Indian journal of veterinary science and animal husbandry - Volume 6,
Year: 1936
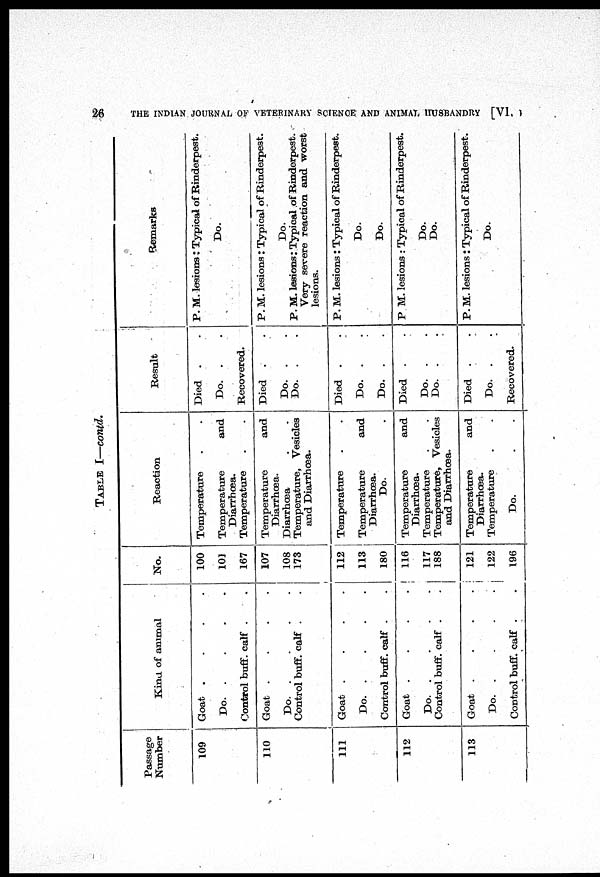
26
THE INDIAN JOURNAL OF VETERINARY SCIENCE AND ANIMAL HUSBANDRY [VI, I
TABLE I—contd.
Passage
Number
109
110
111
112
113
Kind of animal
Goat . . . .
Do. . . . .
Control buff. calf . .
Goat . . . .
Do.
.
.
.
.
Control buff. calf . .
Goat . . . .
Do.
.
.
.
.
Control buff. calf . .
Goat . . . .
Do.
.
.
.
.
Control buff. calf . .
Goat . . . .
Do.
.
.
.
.
Control buff. calf . .
No.
100
101
167
107
108
173
112
113
180
116
117
188
121
122
196
Reaction
Temperature
.
.
Temperature and
Diarrhœa.
Temperature
.
.
Temperature and
Diarrhœa.
Diarrhœa . .
Temperature, Vesicles
and Diarrhœa.
Temperature
.
.
Temperature and
Diarrhœa.
Do.
.
Temperature and
Diarrhœa.
Temperature . .
Temperature, Vesicles
and Diarrhœa.
Temperature and
Diarrhœa.
Temperature . .
Do.
.
.
Result
Died . .
Do. . .
Recovered.
Died . .
Do. .
.
Do. . .
Died . .
Do. .
.
Do. .
.
Died . .
Do. . .
Do. .
.
Died . .
Do. . .
Recovered.
Remarks
P. M. lesions : Typical of Rinderpest.
Do.
P. M. lesions: Typical of Rinderpest.
Do.
P. M. lesions: Typical of Rinderpest.
Very severe reaction and worst
lesions.
P. M. lesions: Typical of Rinderpest.
Do.
Do.
P. M. lesions : Typical of Rinderpest.
Do.
Do.
P. M. lesions: Typical of Rinderpest.
Do.